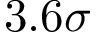
3 . 6 \sigma